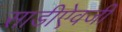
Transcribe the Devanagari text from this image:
साडीऐवजी